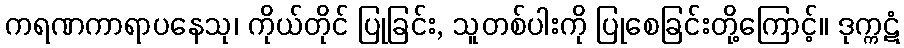
ကရဏကာရာပနေသု၊ ကိုယ်တိုင် ပြုခြင်း, သူတစ်ပါးကို ပြုစေခြင်းတို့ကြောင့်။ ဒုက္ကဋံ